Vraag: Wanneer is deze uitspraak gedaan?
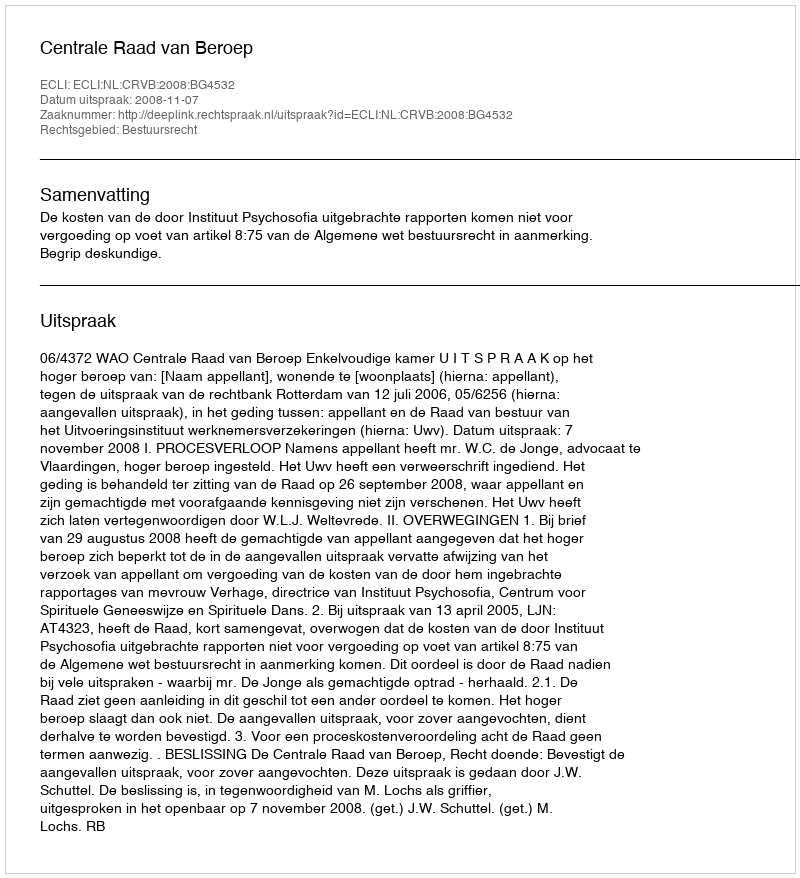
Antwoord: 2008-11-07